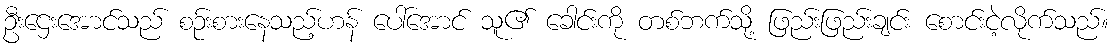
ဦးဌေးအောင်သည် စဉ်းစားနေသည့်ဟန် ပေါ်အောင် သူ၏ ခေါင်းကို တစ်ဘက်သို့ ဖြည်းဖြည်းချင်း စောင်းငဲ့လိုက်သည်။